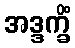
အဒ္ဒက္ခိံ